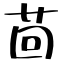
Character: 茴